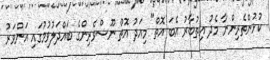
ކުޅުންތެރިންނާ މެދު އިތުބާރު އެބަ އޮތް" މިއަދު އޮތް ނޫސްވެރިންގެ ބައްދަލުވުމުގައި އަންވަރު